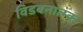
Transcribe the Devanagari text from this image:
विडबनात्म्क